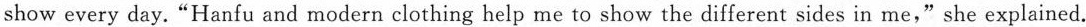
show every day. "Hanfu and modern clothing help me to show the different sides in me," she explained.